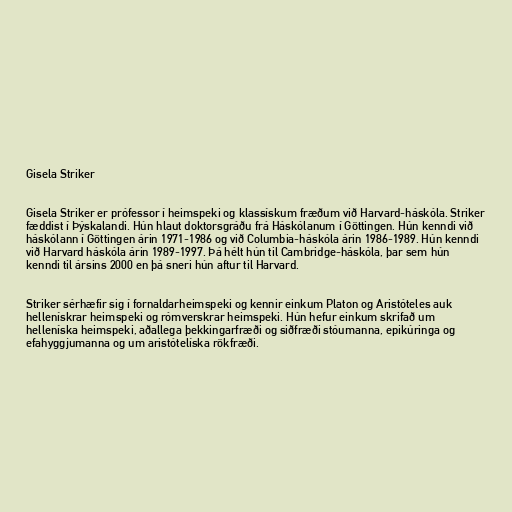
Gisela Striker

Gisela Striker er prófessor í heimspeki og klassískum fræðum við Harvard-háskóla. Striker
fæddist í Þýskalandi. Hún hlaut doktorsgráðu frá Háskólanum í Göttingen. Hún kenndi við
háskólann í Göttingen árin 1971-1986 og við Columbia-háskóla árin 1986-1989. Hún kenndi
við Harvard háskóla árin 1989-1997. Þá hélt hún til Cambridge-háskóla, þar sem hún
kenndi til ársins 2000 en þá sneri hún aftur til Harvard.

Striker sérhæfir sig í fornaldarheimspeki og kennir einkum Platon og Aristóteles auk
hellenískrar heimspeki og rómverskrar heimspeki. Hún hefur einkum skrifað um
helleníska heimspeki, aðallega þekkingarfræði og siðfræði stóumanna, epikúringa og
efahyggjumanna og um aristótelíska rökfræði.